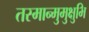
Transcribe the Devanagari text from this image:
तस्मान्मुमुक्षुभि